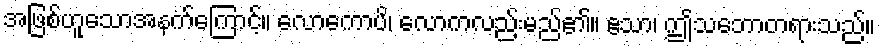
အဖြစ်ဟူသောအနက်ကြောင့်။ လောကောပိ၊ လောကလည်းမည်၏။ ဧသာ၊ ဤသဘောတရားသည်။